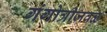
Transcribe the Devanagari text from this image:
गंगोत्रीजवळ